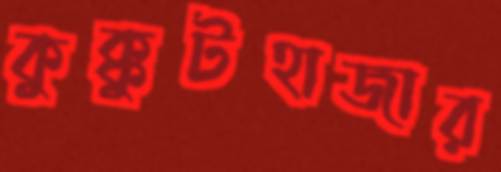
কুক্কুটহাজার